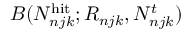
B ( N _ { n j k } ^ { \mathrm { h i t } } ; R _ { n j k } , N _ { n j k } ^ { t } )